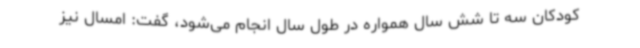
کودکان سه تا شش سال همواره در طول سال انجام می‌شود، گفت: امسال نیز